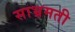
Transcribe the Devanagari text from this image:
साभ्रमती